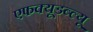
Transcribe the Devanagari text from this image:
एफक्यूडब्ल्यू